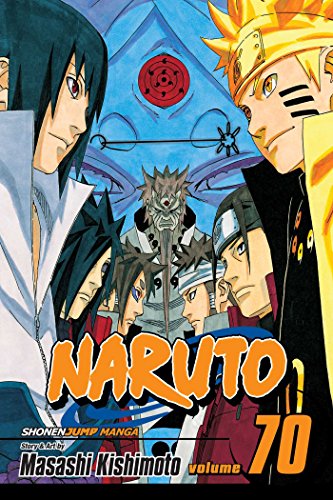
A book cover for Naruto, Vol. 70; Masashi Kishimoto; Comics & Graphic Novels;